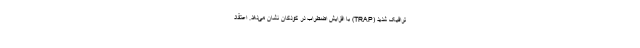
ترافیک شدید (TRAP) با افزایش اضطراب در کودکان نشان می‌دهد. اعتقاد